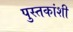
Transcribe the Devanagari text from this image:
पुस्तकांशी